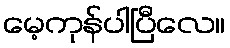
မေ့ကုန်ပါပြီလေ။